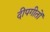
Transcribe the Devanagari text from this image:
दीपगीतों